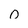
Character: o